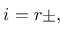
i = r \pm ,